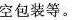
空包装等。